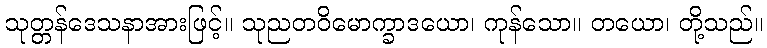
သုတ္တန်ဒေသနာအားဖြင့်။ သုညတဝိမောက္ခာဒယော၊ ကုန်သော။ တယော၊ တို့သည်။